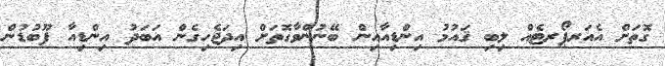
ގޮތަށް އެއަރޕޯރޓެއް ލިބި ޤައުމު އިންޑިއާއިން ބޭނުންވާގޮތަށް އިދަޖެހިގެން އަބަދު އިންޑިއާ ފޫބުޑުން